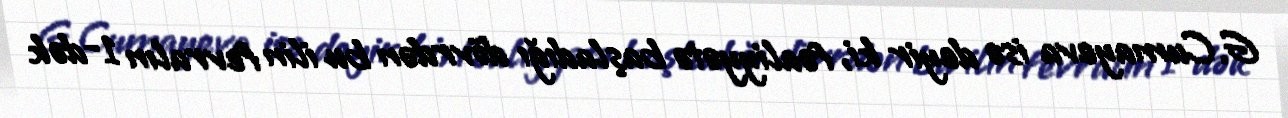
G.Cumayeva isə deyir ki, fəaliyyətə başladığı dövrdən bu ilin fevralın 1-dək